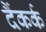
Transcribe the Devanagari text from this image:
दैंकर्क